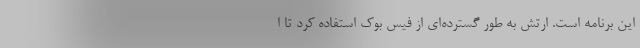
این برنامه است. ارتش به طور گسترده‌ای از فیس بوک استفاده کرد تا ا